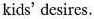
kids' desires.